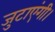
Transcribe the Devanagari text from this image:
जुटाएंगी।